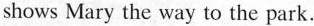
shows Mary the way to the park.